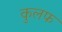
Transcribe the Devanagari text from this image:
कुलफ